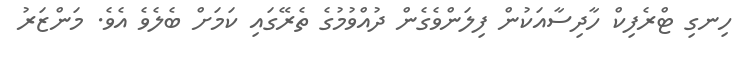
ހިނގި ޓްރެފިކް ހާދިސާއަކުން ފިލަންވެގެން ދުއްވުމުގެ ތެރޭގައި ކަމަށް ބެލެވެ އެވެ. މަންޒަރު